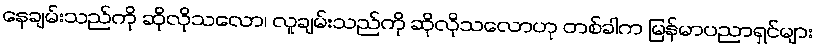
နေချမ်းသည်ကို ဆိုလိုသလော၊ လူချမ်းသည်ကို ဆိုလိုသလောဟု တစ်ခါက မြန်မာပညာရှင်များ